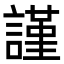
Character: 謹